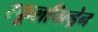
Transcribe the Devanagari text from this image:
स्कूलचिल्ड्रेन